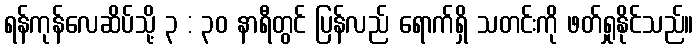
ရန်ကုန်လေဆိပ်သို့ ၃ : ၃၀ နာရီတွင် ပြန်လည် ရောက်ရှိ သတင်းကို ဖတ်ရှုနိုင်သည်။